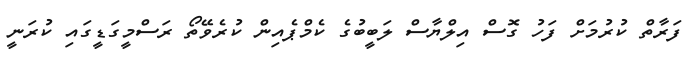
ފަރާތް ކުރުމަށް ފަހު ގޮސް އިލްޔާސް ލަބީބުގެ ކެމްޕެއިން ކުރެވޭތޯ ރަސްމީގަޑީގައި ކުރަނީ